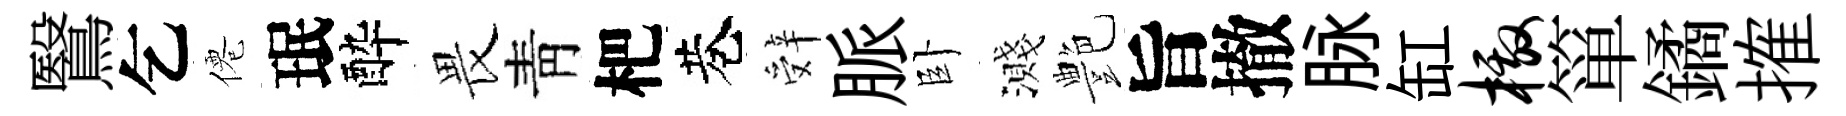
鷖乞僊珉酔畏靑杷巷辤脈卧濺艶旨撤脉缸檄箪鐍搉